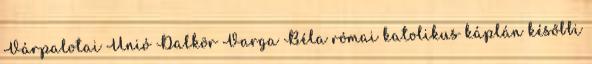
Várpalotai Unió Dalkör Varga Béla római katolikus káplán későbbi